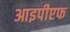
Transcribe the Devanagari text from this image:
आइपीएफ